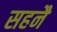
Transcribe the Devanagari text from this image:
सहनै